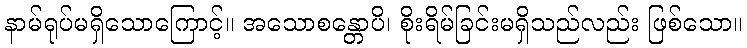
နာမ်ရုပ်မရှိသောကြောင့်။ အသောစန္တောပိ၊ စိုးရိမ်ခြင်းမရှိသည်လည်း ဖြစ်သော။